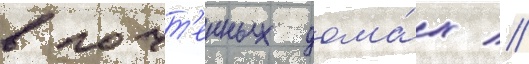
в почт'енных дома́х //